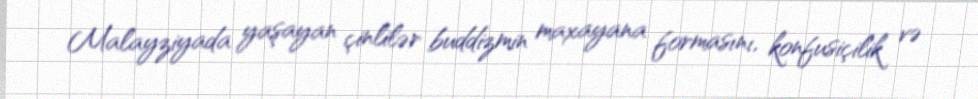
Malayziyada yaşayan çinlilər buddizmin maxayana formasını, konfusiçilik və